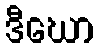
ဒီဃော